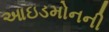
આઇડમોનની